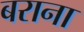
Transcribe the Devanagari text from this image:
बराना